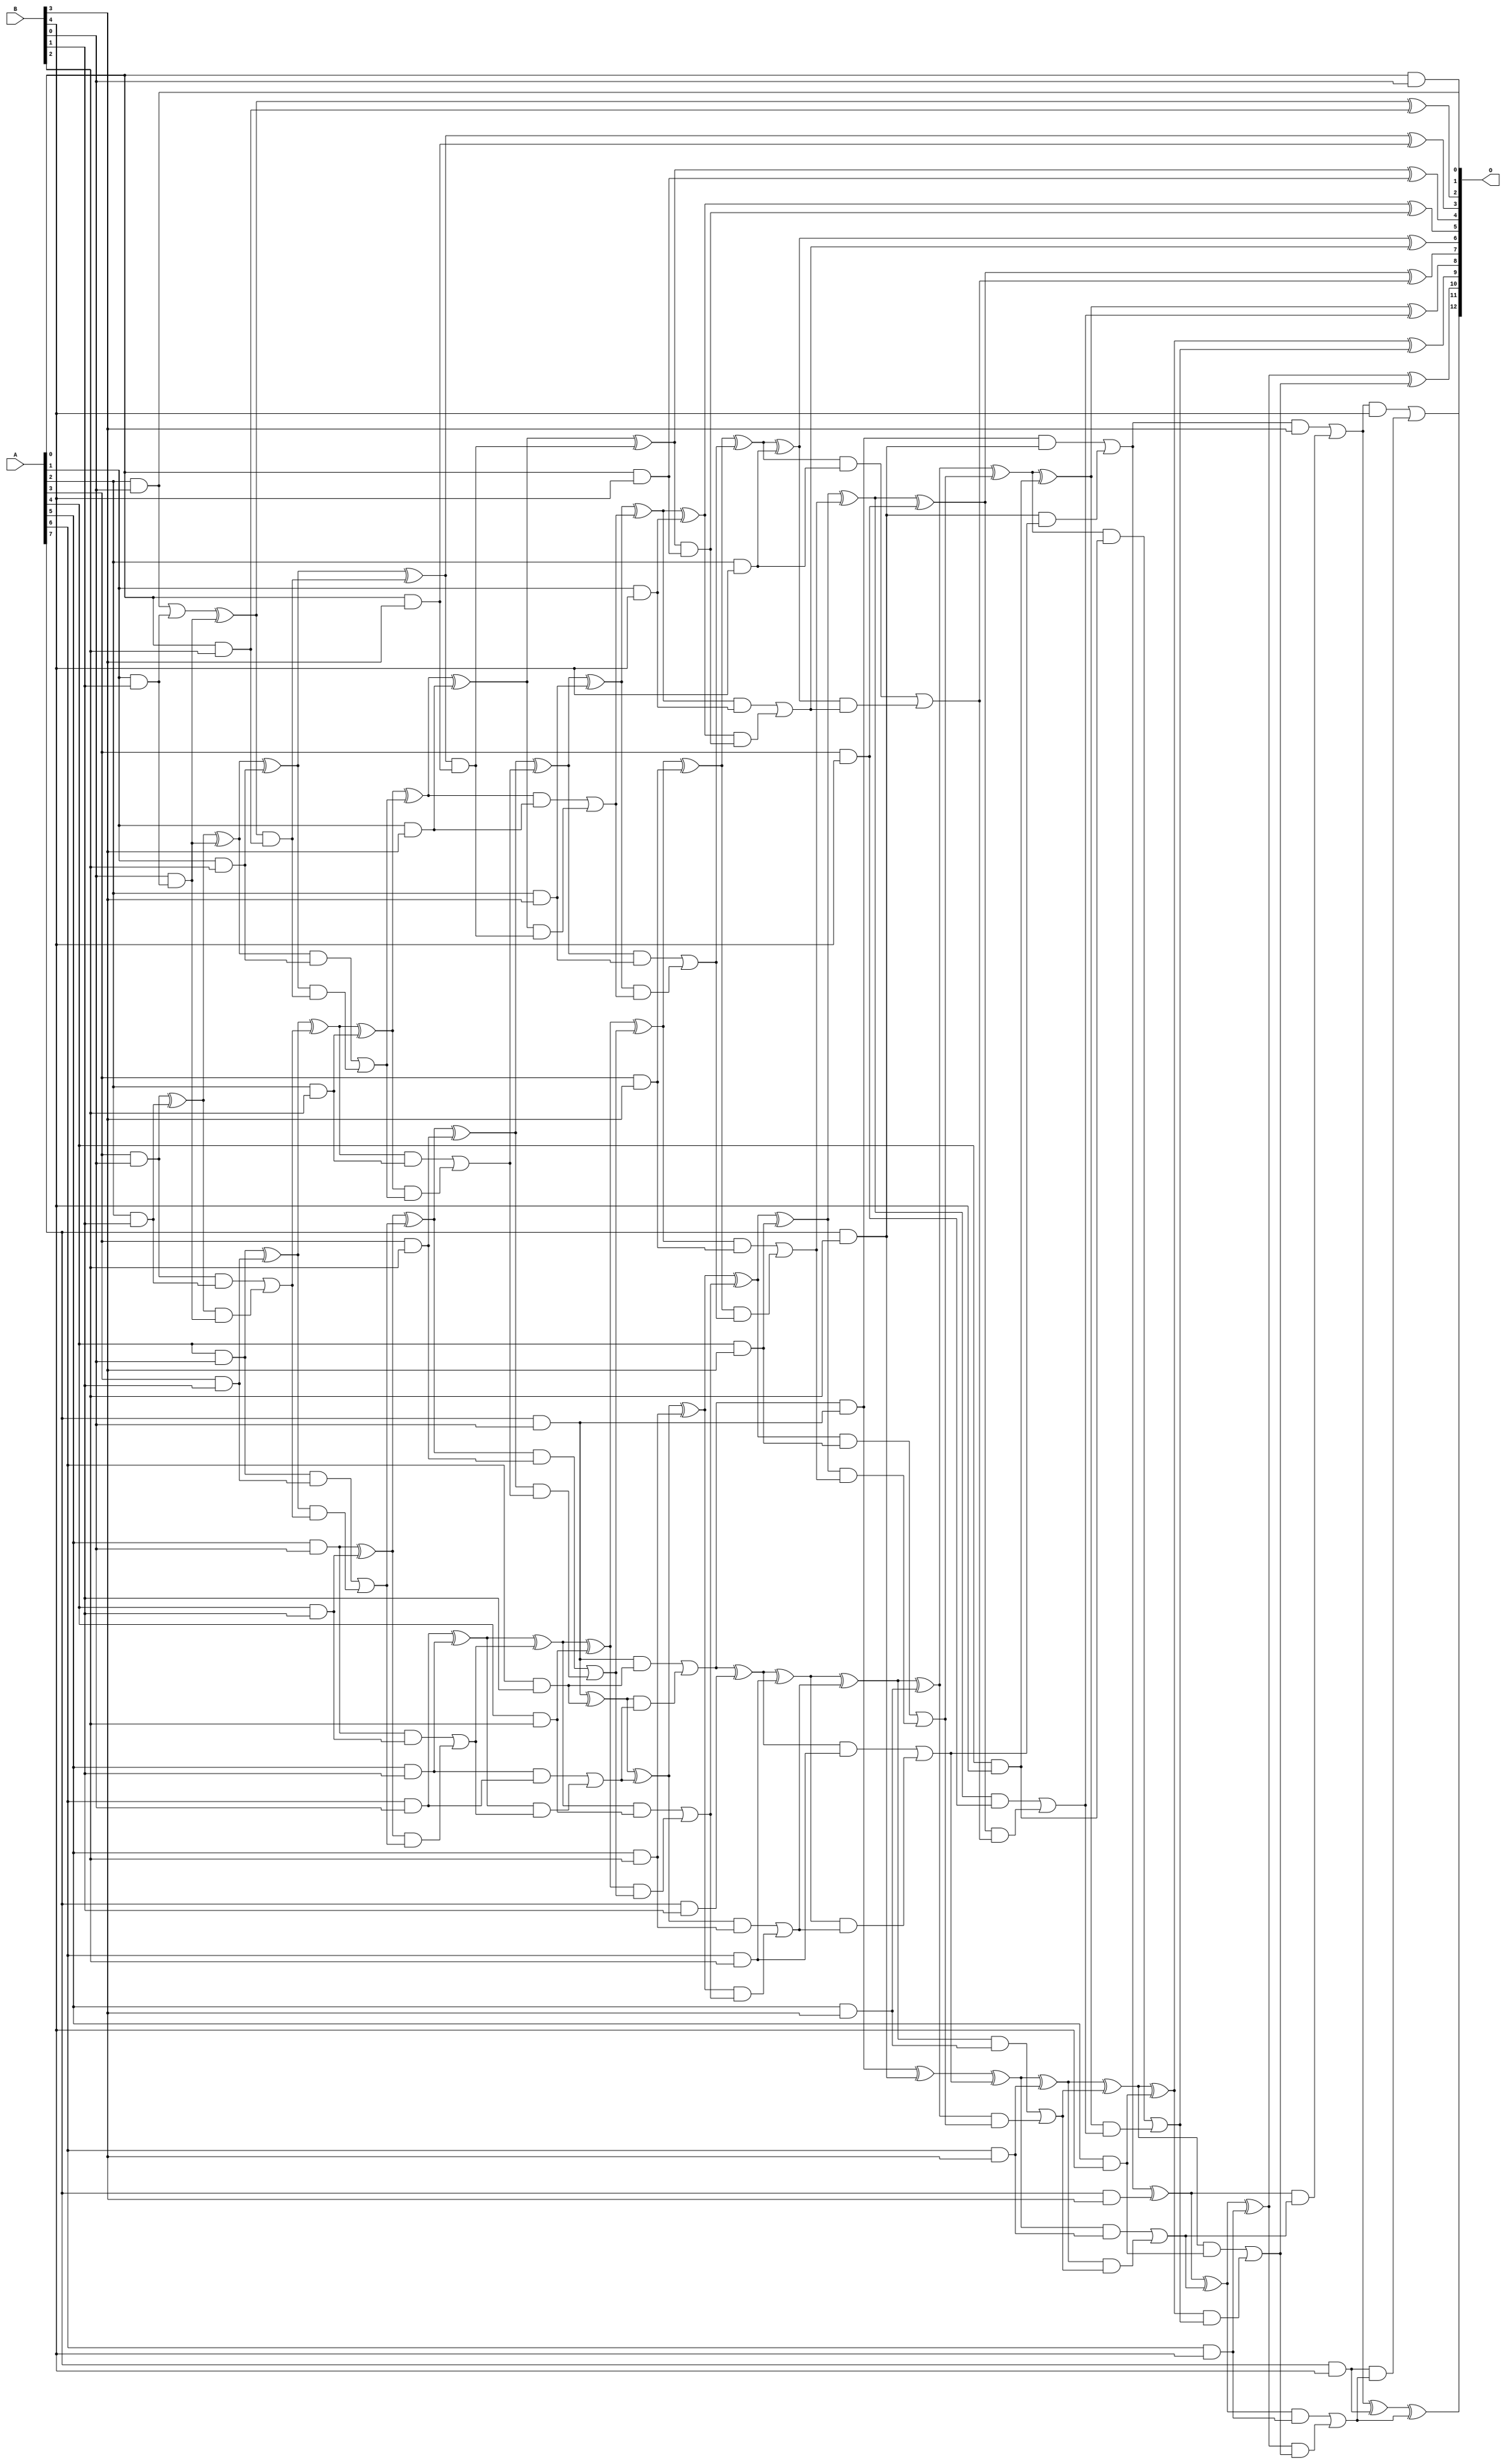
// This program was cloned from: https://github.com/ehw-fit/evoapproxlib
// License: MIT License

/***
* This code is a part of EvoApproxLib library (ehw.fit.vutbr.cz/approxlib) distributed under The MIT License.
* When used, please cite the following article(s): V. Mrazek, L. Sekanina, Z. Vasicek "Libraries of Approximate Circuits: Automated Design and Application in CNN Accelerators" IEEE Journal on Emerging and Selected Topics in Circuits and Systems, Vol 10, No 4, 2020 
* This file contains a circuit from a sub-set of pareto optimal circuits with respect to the pwr and mse parameters
***/
// MAE% = 0.0092 %
// MAE = 0.75 
// WCE% = 0.024 %
// WCE = 2.0 
// WCRE% = 100.00 %
// EP% = 50.00 %
// MRE% = 0.28 %
// MSE = 1.2 
// PDK45_PWR = 0.190 mW
// PDK45_AREA = 400.8 um2
// PDK45_DELAY = 1.40 ns

module mul8x5u_5R9 (
    A,
    B,
    O
);

input [7:0] A;
input [4:0] B;
output [12:0] O;

wire sig_14,sig_15,sig_16,sig_17,sig_18,sig_19,sig_20,sig_22,sig_23,sig_24,sig_25,sig_26,sig_27,sig_28,sig_29,sig_31,sig_32,sig_34,sig_35,sig_36;
wire sig_37,sig_38,sig_39,sig_40,sig_41,sig_42,sig_43,sig_44,sig_45,sig_46,sig_47,sig_48,sig_49,sig_50,sig_51,sig_53,sig_54,sig_55,sig_56,sig_57;
wire sig_58,sig_59,sig_60,sig_61,sig_62,sig_63,sig_64,sig_65,sig_66,sig_67,sig_68,sig_69,sig_70,sig_71,sig_72,sig_73,sig_74,sig_75,sig_76,sig_77;
wire sig_78,sig_79,sig_80,sig_81,sig_82,sig_83,sig_84,sig_85,sig_86,sig_87,sig_88,sig_89,sig_90,sig_91,sig_92,sig_93,sig_94,sig_95,sig_96,sig_97;
wire sig_98,sig_99,sig_100,sig_101,sig_102,sig_103,sig_104,sig_105,sig_106,sig_107,sig_108,sig_109,sig_110,sig_111,sig_112,sig_113,sig_114,sig_115,sig_116,sig_117;
wire sig_118,sig_119,sig_120,sig_121,sig_122,sig_123,sig_124,sig_125,sig_126,sig_127,sig_128,sig_129,sig_130,sig_131,sig_132,sig_133,sig_134,sig_135,sig_136,sig_137;
wire sig_138,sig_139,sig_140,sig_141,sig_142,sig_143,sig_144,sig_145,sig_146,sig_147,sig_148,sig_149,sig_150,sig_151,sig_152,sig_153,sig_154,sig_155,sig_156,sig_157;
wire sig_158,sig_159,sig_160,sig_161,sig_162,sig_163,sig_164,sig_165,sig_166,sig_167,sig_168,sig_169,sig_170,sig_171,sig_172,sig_173,sig_174,sig_175,sig_176,sig_177;
wire sig_178,sig_179,sig_180,sig_181,sig_182,sig_183,sig_184,sig_185,sig_186,sig_187,sig_188,sig_189,sig_190,sig_191,sig_192,sig_193,sig_194,sig_195,sig_196,sig_197;

assign sig_14 = A[0] & B[0];
assign sig_15 = A[2] & B[0];
assign sig_16 = A[3] & B[0];
assign sig_17 = A[4] & B[0];
assign sig_18 = A[5] & B[0];
assign sig_19 = A[6] & B[0];
assign sig_20 = A[7] & B[0];
assign sig_22 = A[1] & B[1];
assign sig_23 = A[2] & B[1];
assign sig_24 = A[3] & B[1];
assign sig_25 = A[4] & B[1];
assign sig_26 = A[5] & B[1];
assign sig_27 = A[6] & B[1];
assign sig_28 = A[7] & B[1];
assign sig_29 = B[0] & sig_22;
assign sig_31 = sig_15 | sig_22;
assign sig_32 = B[0] & sig_22;
assign sig_34 = sig_31 ^ sig_32;
assign sig_35 = sig_26 & sig_19;
assign sig_36 = sig_16 ^ sig_23;
assign sig_37 = sig_16 & sig_23;
assign sig_38 = sig_36 & sig_29;
assign sig_39 = sig_36 ^ sig_29;
assign sig_40 = sig_37 | sig_38;
assign sig_41 = sig_17 ^ sig_24;
assign sig_42 = sig_17 & sig_24;
assign sig_43 = sig_41 & sig_40;
assign sig_44 = sig_41 ^ sig_40;
assign sig_45 = sig_42 | sig_43;
assign sig_46 = sig_18 ^ sig_25;
assign sig_47 = sig_18 & sig_25;
assign sig_48 = sig_46 & sig_45;
assign sig_49 = sig_46 ^ sig_45;
assign sig_50 = sig_47 | sig_48;
assign sig_51 = sig_19 ^ sig_26;
assign sig_53 = sig_51 & sig_50;
assign sig_54 = sig_51 ^ sig_50;
assign sig_55 = sig_35 | sig_53;
assign sig_56 = sig_20 ^ sig_27;
assign sig_57 = sig_20 & sig_27;
assign sig_58 = sig_56 & sig_55;
assign sig_59 = sig_56 ^ sig_55;
assign sig_60 = sig_57 | sig_58;
assign sig_61 = sig_60 & sig_20;
assign sig_62 = sig_60 ^ sig_28;
assign sig_63 = A[0] & B[2];
assign sig_64 = A[1] & B[2];
assign sig_65 = A[2] & B[2];
assign sig_66 = A[3] & B[2];
assign sig_67 = A[4] & B[2];
assign sig_68 = A[5] & B[2];
assign sig_69 = A[6] & B[2];
assign sig_70 = A[7] & B[2];
assign sig_71 = sig_34 & sig_63;
assign sig_72 = sig_34 ^ sig_63;
assign sig_73 = sig_39 ^ sig_64;
assign sig_74 = sig_39 & sig_64;
assign sig_75 = sig_73 & sig_71;
assign sig_76 = sig_73 ^ sig_71;
assign sig_77 = sig_74 | sig_75;
assign sig_78 = sig_44 ^ sig_65;
assign sig_79 = sig_44 & sig_65;
assign sig_80 = sig_78 & sig_77;
assign sig_81 = sig_78 ^ sig_77;
assign sig_82 = sig_79 | sig_80;
assign sig_83 = sig_49 ^ sig_66;
assign sig_84 = sig_49 & sig_66;
assign sig_85 = sig_83 & sig_82;
assign sig_86 = sig_83 ^ sig_82;
assign sig_87 = sig_84 | sig_85;
assign sig_88 = sig_54 ^ sig_67;
assign sig_89 = sig_54 & sig_67;
assign sig_90 = sig_88 & sig_87;
assign sig_91 = sig_88 ^ sig_87;
assign sig_92 = sig_89 | sig_90;
assign sig_93 = sig_59 ^ sig_68;
assign sig_94 = sig_59 & sig_68;
assign sig_95 = sig_93 & sig_92;
assign sig_96 = sig_93 ^ sig_92;
assign sig_97 = sig_94 | sig_95;
assign sig_98 = sig_62 ^ sig_69;
assign sig_99 = sig_62 & sig_69;
assign sig_100 = sig_98 & sig_97;
assign sig_101 = sig_98 ^ sig_97;
assign sig_102 = sig_99 | sig_100;
assign sig_103 = sig_61 ^ sig_70;
assign sig_104 = sig_61 & sig_70;
assign sig_105 = sig_70 & sig_102;
assign sig_106 = sig_103 ^ sig_102;
assign sig_107 = sig_104 | sig_105;
assign sig_108 = A[0] & B[3];
assign sig_109 = A[1] & B[3];
assign sig_110 = A[2] & B[3];
assign sig_111 = A[3] & B[3];
assign sig_112 = A[4] & B[3];
assign sig_113 = A[5] & B[3];
assign sig_114 = A[6] & B[3];
assign sig_115 = A[7] & B[3];
assign sig_116 = sig_76 & sig_108;
assign sig_117 = sig_76 ^ sig_108;
assign sig_118 = sig_81 ^ sig_109;
assign sig_119 = sig_81 & sig_109;
assign sig_120 = sig_118 & sig_116;
assign sig_121 = sig_118 ^ sig_116;
assign sig_122 = sig_119 | sig_120;
assign sig_123 = sig_86 ^ sig_110;
assign sig_124 = sig_86 & sig_110;
assign sig_125 = sig_123 & sig_122;
assign sig_126 = sig_123 ^ sig_122;
assign sig_127 = sig_124 | sig_125;
assign sig_128 = sig_91 ^ sig_111;
assign sig_129 = sig_91 & sig_111;
assign sig_130 = sig_128 & sig_127;
assign sig_131 = sig_128 ^ sig_127;
assign sig_132 = sig_129 | sig_130;
assign sig_133 = sig_96 ^ sig_112;
assign sig_134 = sig_96 & sig_112;
assign sig_135 = sig_133 & sig_132;
assign sig_136 = sig_133 ^ sig_132;
assign sig_137 = sig_134 | sig_135;
assign sig_138 = sig_101 ^ sig_113;
assign sig_139 = sig_101 & sig_113;
assign sig_140 = sig_138 & sig_137;
assign sig_141 = sig_138 ^ sig_137;
assign sig_142 = sig_139 | sig_140;
assign sig_143 = sig_106 ^ sig_114;
assign sig_144 = sig_106 & sig_114;
assign sig_145 = sig_143 & sig_142;
assign sig_146 = sig_143 ^ sig_142;
assign sig_147 = sig_144 | sig_145;
assign sig_148 = sig_107 ^ sig_115;
assign sig_149 = sig_107 & B[3];
assign sig_150 = sig_148 & sig_147;
assign sig_151 = sig_148 ^ sig_147;
assign sig_152 = sig_149 | sig_150;
assign sig_153 = A[0] & B[4];
assign sig_154 = A[1] & B[4];
assign sig_155 = A[2] & B[4];
assign sig_156 = A[3] & B[4];
assign sig_157 = A[4] & B[4];
assign sig_158 = A[5] & B[4];
assign sig_159 = A[6] & B[4];
assign sig_160 = A[7] & B[4];
assign sig_161 = sig_121 & sig_153;
assign sig_162 = sig_121 ^ sig_153;
assign sig_163 = sig_126 ^ sig_154;
assign sig_164 = sig_126 & sig_154;
assign sig_165 = sig_163 & sig_161;
assign sig_166 = sig_163 ^ sig_161;
assign sig_167 = sig_164 | sig_165;
assign sig_168 = sig_131 ^ sig_155;
assign sig_169 = sig_131 & sig_155;
assign sig_170 = sig_168 & sig_167;
assign sig_171 = sig_168 ^ sig_167;
assign sig_172 = sig_169 | sig_170;
assign sig_173 = sig_136 ^ sig_156;
assign sig_174 = sig_136 & sig_156;
assign sig_175 = sig_173 & sig_172;
assign sig_176 = sig_173 ^ sig_172;
assign sig_177 = sig_174 | sig_175;
assign sig_178 = sig_141 ^ sig_157;
assign sig_179 = sig_141 & sig_157;
assign sig_180 = sig_178 & sig_177;
assign sig_181 = sig_178 ^ sig_177;
assign sig_182 = sig_179 | sig_180;
assign sig_183 = sig_146 ^ sig_158;
assign sig_184 = sig_146 & sig_158;
assign sig_185 = sig_183 & sig_182;
assign sig_186 = sig_183 ^ sig_182;
assign sig_187 = sig_184 | sig_185;
assign sig_188 = sig_151 ^ sig_159;
assign sig_189 = sig_151 & sig_159;
assign sig_190 = sig_188 & sig_187;
assign sig_191 = sig_188 ^ sig_187;
assign sig_192 = sig_189 | sig_190;
assign sig_193 = sig_152 ^ sig_160;
assign sig_194 = sig_152 & B[4];
assign sig_195 = sig_160 & sig_192;
assign sig_196 = sig_193 ^ sig_192;
assign sig_197 = sig_194 | sig_195;

assign O[12] = sig_197;
assign O[11] = sig_196;
assign O[10] = sig_191;
assign O[9] = sig_186;
assign O[8] = sig_181;
assign O[7] = sig_176;
assign O[6] = sig_171;
assign O[5] = sig_166;
assign O[4] = sig_162;
assign O[3] = sig_117;
assign O[2] = sig_72;
assign O[1] = sig_14;
assign O[0] = sig_15;

endmodule